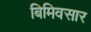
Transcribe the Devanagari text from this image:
बिमिवसार